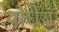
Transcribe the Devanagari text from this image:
योधेय